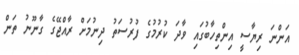
އަންނަ ރިޔާސީ އިންތިހާބުގައި ވާދަ ކުރުމުގެ ފުރުސަތު ދިނުމަށް ރާއްޖޭގެ ގާނޫނު ތަން